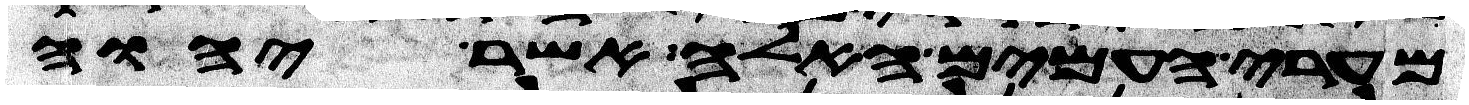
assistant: מערי העמים האלה אשר יהוה